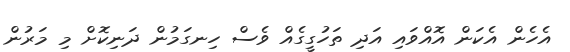
އެހެން އެކަން އޮއްވައި އަދި ތަހުގީގެއް ވެސް ހިނގަމުން ދަނިކޮށް މި މަރުން